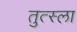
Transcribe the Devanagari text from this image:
तुत्स्ला